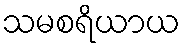
သမစရိယာယ